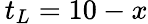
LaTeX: \, t_{L}=10-x